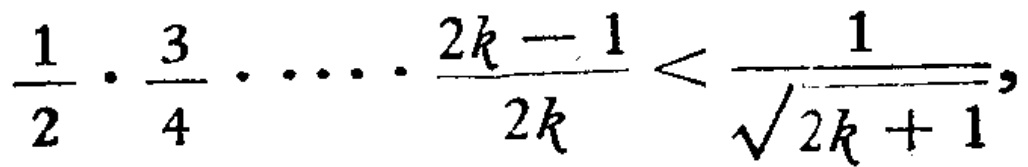
\frac{1}{2}\cdot\frac{3}{4}\cdot\cdots\cdot\frac{2k - 1}{2k}<\frac{1}{\sqrt{2k + 1}}